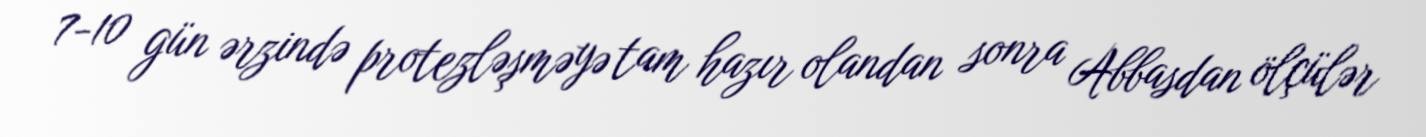
7-10 gün ərzində protezləşməyə tam hazır olandan sonra Abbasdan ölçülər